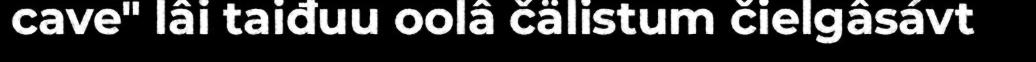
cave" lâi taiđuu oolâ čälistum čielgâsávt